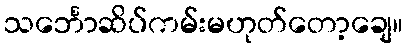
သင်္ဘောဆိပ်ကမ်းမဟုတ်တော့ချေ။